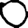
Digit: 0